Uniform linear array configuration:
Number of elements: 24
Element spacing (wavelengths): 1
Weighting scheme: cosine
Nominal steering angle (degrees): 0
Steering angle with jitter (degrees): -1.918
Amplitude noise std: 0.05
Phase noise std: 0.05

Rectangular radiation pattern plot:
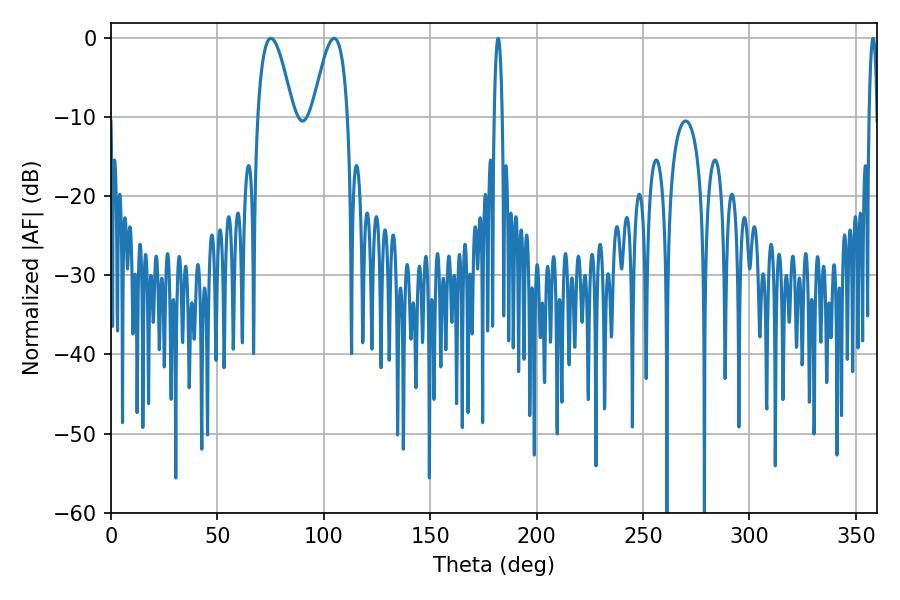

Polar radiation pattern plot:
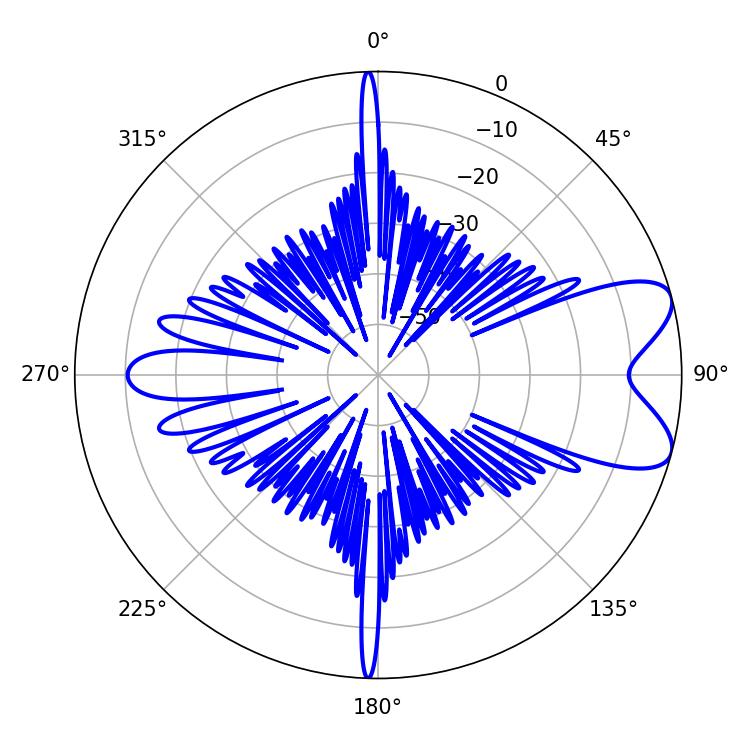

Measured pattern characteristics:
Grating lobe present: TRUE
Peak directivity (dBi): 7.926
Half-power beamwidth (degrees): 9.18
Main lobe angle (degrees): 75.06